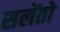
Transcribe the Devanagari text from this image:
सलेंतो